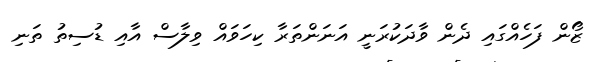
ޒޯން ފަހެއްގައި ދެން ވާދަކުރަނީ އަނަންތަރާ ކިހަވައް ވިލާސް އާއި ޑުސިތު ތަނި